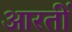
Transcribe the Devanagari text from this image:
आरतीं